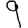
Digit: 9